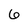
Character: 6